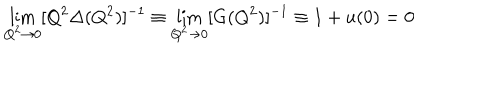
LaTeX: \lim _ { Q ^ { 2 } \rightarrow 0 } [ Q ^ { 2 } \Delta ( Q ^ { 2 } ) ] ^ { - 1 } \equiv \lim _ { Q ^ { 2 } \rightarrow 0 } [ G ( Q ^ { 2 } ) ] ^ { - 1 } \equiv 1 + u ( 0 ) = 0